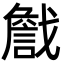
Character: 𢨕